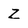
Character: Z